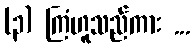
(၃) ကြံဟူသည်ကား ...